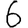
Digit: 6